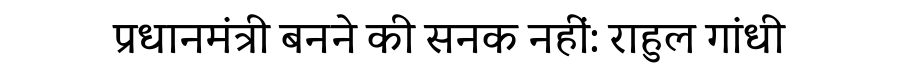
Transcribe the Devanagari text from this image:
प्रधानमंत्री बनने की सनक नहीं: राहुल गांधी